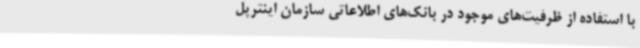
با استفاده از ظرفیت‌های موجود در بانک‌های اطلاعاتی سازمان اینترپل